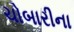
ચોબારીના